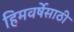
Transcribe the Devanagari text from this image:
हिमवर्षेसाठी